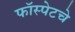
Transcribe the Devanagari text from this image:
फॉस्पेटचे